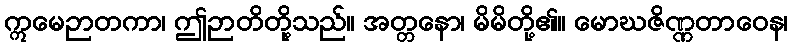
ဣမေဉာတကာ၊ ဤဉာတိတို့သည်။ အတ္တနော၊ မိမိတို့၏။ မောဃဇိဏ္ဏတာဝေန၊